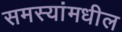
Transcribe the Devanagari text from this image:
समस्यांमधील